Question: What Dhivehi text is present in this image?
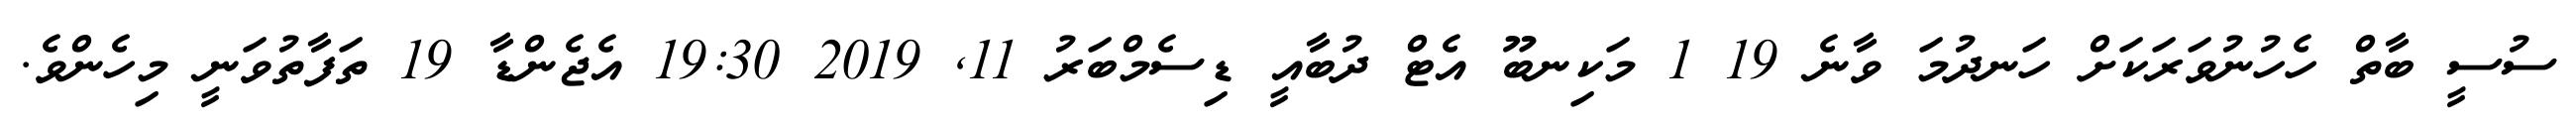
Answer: ސުސީ ބާތް ހެހުނުވަރަކަށް ހަނދުމަ ވާނެ 19 1 މަކިނބޫ އެޓް ދުބާއީ ޑިސެމްބަރު 11, 2019 19:30 އެޖެންޑާ 19 ތަފާތުވަނީ މިހެންވެ.